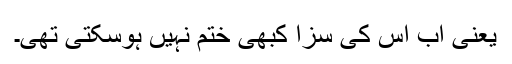
یعنی اب اس کی سزا کبھی ختم نہیں ہوسکتی تھی۔